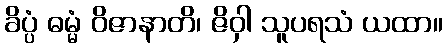
ခိပ္ပံ ဓမ္မံ ဝိဇာနာတိ၊ ဇိဝှါ သူပရသံ ယထာ။